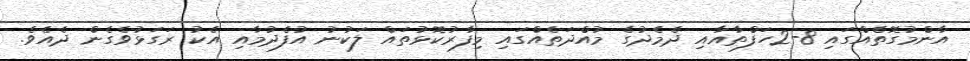
އާންމުގޮތެއްގައި 8-2ހަފްތާއާއި ދެމެދުގެ މުއްދަތެއްގައި މިފާރުކޮޅުތައް ލަކުނު އުފެދުމާއި އެކު ރަގަޅުވެގެން ދެއެވެ.